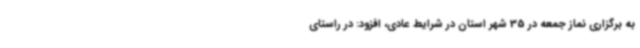
به برگزاری نماز جمعه در 35 شهر استان در شرایط عادی، افزود: در راستای